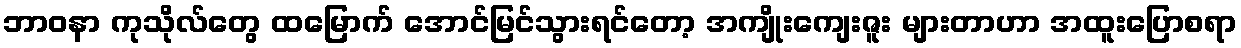
ဘာဝနာ ကုသိုလ်တွေ ထမြောက် အောင်မြင်သွားရင်တော့ အကျိုးကျေးဇူး များတာဟာ အထူးပြောစရာ